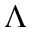
\Lambda